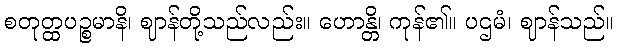
စတုတ္ထပဉ္စမာနိ၊ ဈာန်တို့သည်လည်း။ ဟောန္တိ၊ ကုန်၏။ ပဌမံ၊ ဈာန်သည်။